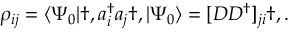
\begin{array} { r } { \rho _ { i j } = \langle \Psi _ { 0 } | \dag , a _ { i } ^ { \dagger } a _ { j } \dag , | \Psi _ { 0 } \rangle = [ D D ^ { \dagger } ] _ { j i } \dag , . } \end{array}